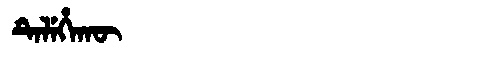
Manchu: ᡨᡝᠯᡝᡥᠠᡴᡡ
Romanization: TELEHAKŪ